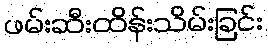
ဖမ်းဆီးထိန်းသိမ်းခြင်း